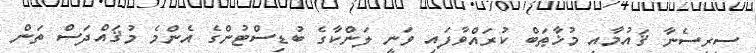
ސިރިސެނާ ޤައުމާއި މުޚާޠަބް ކުރައްވާފައި ވަނީ ލަންކާގެ ބުޑިސްޓުންގެ އެންމެ މުޤައްދަސް ތަން